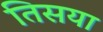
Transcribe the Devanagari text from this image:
तिसया